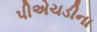
પીએચડીના